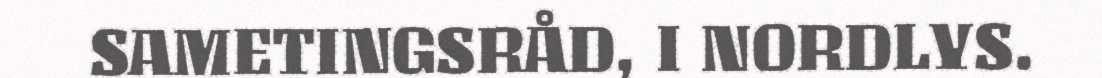
SAMETINGSRÅD, I NORDLYS.